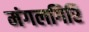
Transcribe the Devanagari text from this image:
मंगलगिरि